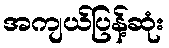
အကျယ်ပြန့်ဆုံး